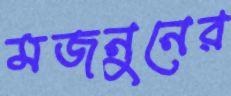
মজনুনের